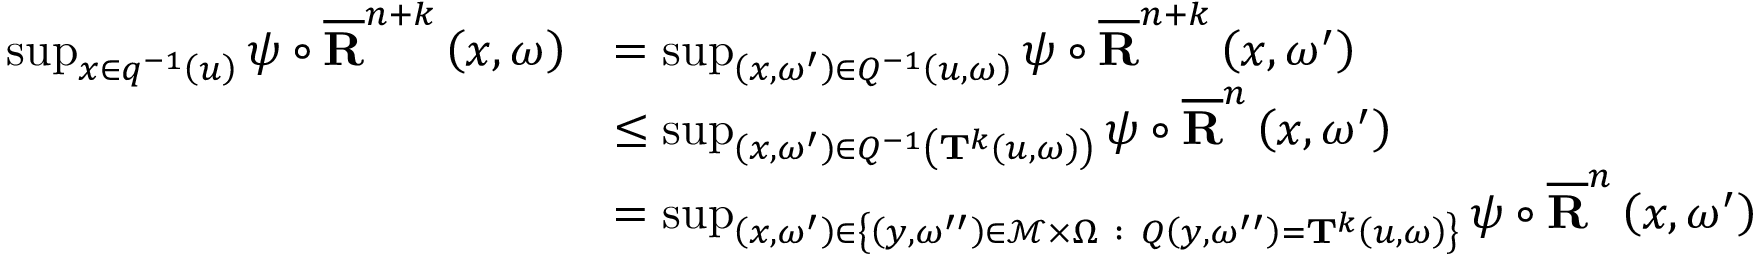
\begin{array} { r l } { \operatorname* { s u p } _ { x \in q ^ { - 1 } \left( u \right) } \psi \circ \overline { { \mathbf { R } } } ^ { n + k } \left( x , \omega \right) } & { = \operatorname* { s u p } _ { \left( x , \omega ^ { \prime } \right) \in Q ^ { - 1 } \left( u , \omega \right) } \psi \circ \overline { { \mathbf { R } } } ^ { n + k } \left( x , \omega ^ { \prime } \right) } \\ & { \leq \operatorname* { s u p } _ { \left( x , \omega ^ { \prime } \right) \in Q ^ { - 1 } \left( \mathbf { T } ^ { k } \left( u , \omega \right) \right) } \psi \circ \overline { { \mathbf { R } } } ^ { n } \left( x , \omega ^ { \prime } \right) } \\ & { = \operatorname* { s u p } _ { \left( x , \omega ^ { \prime } \right) \in \left\{ \left( y , \omega ^ { \prime \prime } \right) \in \mathcal { M } \times \Omega \ : \ Q \left( y , \omega ^ { \prime \prime } \right) = \mathbf { T } ^ { k } \left( u , \omega \right) \right\} } \psi \circ \overline { { \mathbf { R } } } ^ { n } \left( x , \omega ^ { \prime } \right) } \end{array}